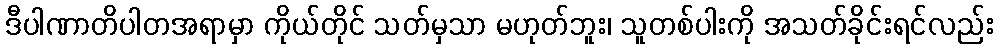
ဒီပါဏာတိပါတအရာမှာ ကိုယ်တိုင် သတ်မှသာ မဟုတ်ဘူး၊ သူတစ်ပါးကို အသတ်ခိုင်းရင်လည်း